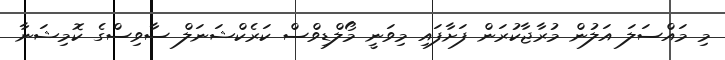
މި މައްސަލަ އަލުން މުރާޖާކުރަން ފަށާފައި މިވަނީ މޯލްޑިވްސް ކަރެކްޝަނަލް ސާވިސްގެ ކޮމިޝަނާ